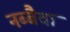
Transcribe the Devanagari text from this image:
नब्बैवा